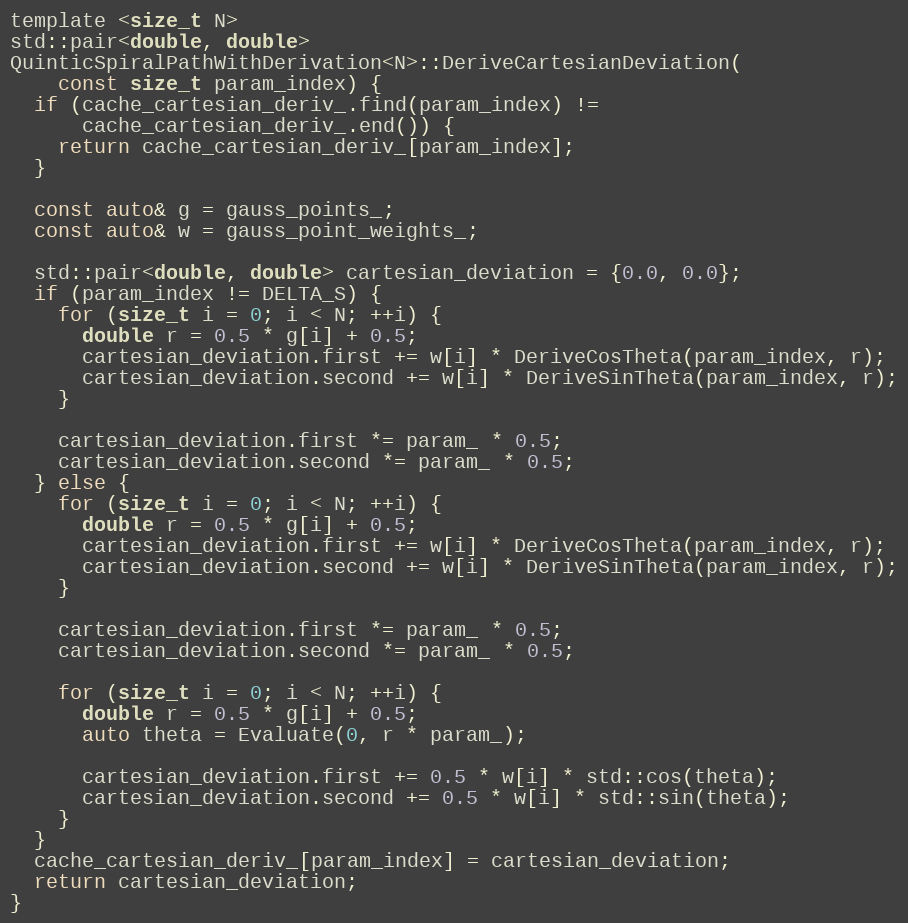
Language: C
template <size_t N>
std::pair<double, double>
QuinticSpiralPathWithDerivation<N>::DeriveCartesianDeviation(
    const size_t param_index) {
  if (cache_cartesian_deriv_.find(param_index) !=
      cache_cartesian_deriv_.end()) {
    return cache_cartesian_deriv_[param_index];
  }

  const auto& g = gauss_points_;
  const auto& w = gauss_point_weights_;

  std::pair<double, double> cartesian_deviation = {0.0, 0.0};
  if (param_index != DELTA_S) {
    for (size_t i = 0; i < N; ++i) {
      double r = 0.5 * g[i] + 0.5;
      cartesian_deviation.first += w[i] * DeriveCosTheta(param_index, r);
      cartesian_deviation.second += w[i] * DeriveSinTheta(param_index, r);
    }

    cartesian_deviation.first *= param_ * 0.5;
    cartesian_deviation.second *= param_ * 0.5;
  } else {
    for (size_t i = 0; i < N; ++i) {
      double r = 0.5 * g[i] + 0.5;
      cartesian_deviation.first += w[i] * DeriveCosTheta(param_index, r);
      cartesian_deviation.second += w[i] * DeriveSinTheta(param_index, r);
    }

    cartesian_deviation.first *= param_ * 0.5;
    cartesian_deviation.second *= param_ * 0.5;

    for (size_t i = 0; i < N; ++i) {
      double r = 0.5 * g[i] + 0.5;
      auto theta = Evaluate(0, r * param_);

      cartesian_deviation.first += 0.5 * w[i] * std::cos(theta);
      cartesian_deviation.second += 0.5 * w[i] * std::sin(theta);
    }
  }
  cache_cartesian_deriv_[param_index] = cartesian_deviation;
  return cartesian_deviation;
}